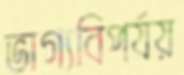
ভাগ্যবিপর্যয়